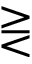
\gtreqless